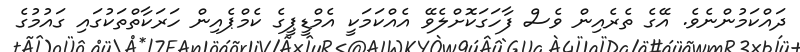
ދައްކަމުންނެވެ. އޭގެ ތެރެއިން ވެސް ފާހަގަކޮށްލެވޭ އެއްކަމަކީ އެމްޑީޕީގެ ކެމްޕެއިން ހަރަކާތްތަކުގައި ގައުމުގެ